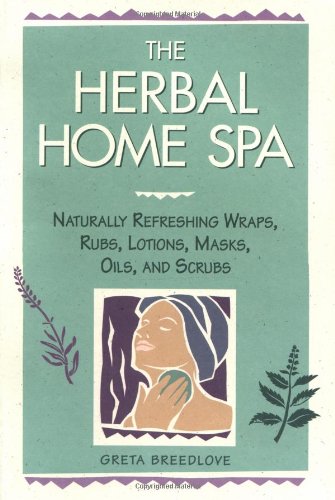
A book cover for The Herbal Home Spa: Naturally Refreshing Wraps, Rubs, Lotions, Masks, Oils, and Scrubs (Herbal Body); Greta Breedlove; Crafts, Hobbies & Home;